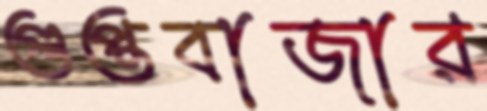
গুপ্তবাজার